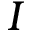
\boldsymbol { I }